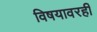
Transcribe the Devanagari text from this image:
विषयावरही